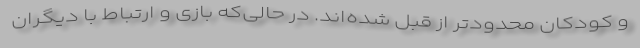
و کودکان محدودتر از قبل شده‌اند. در حالی‌که بازی و ارتباط با دیگران